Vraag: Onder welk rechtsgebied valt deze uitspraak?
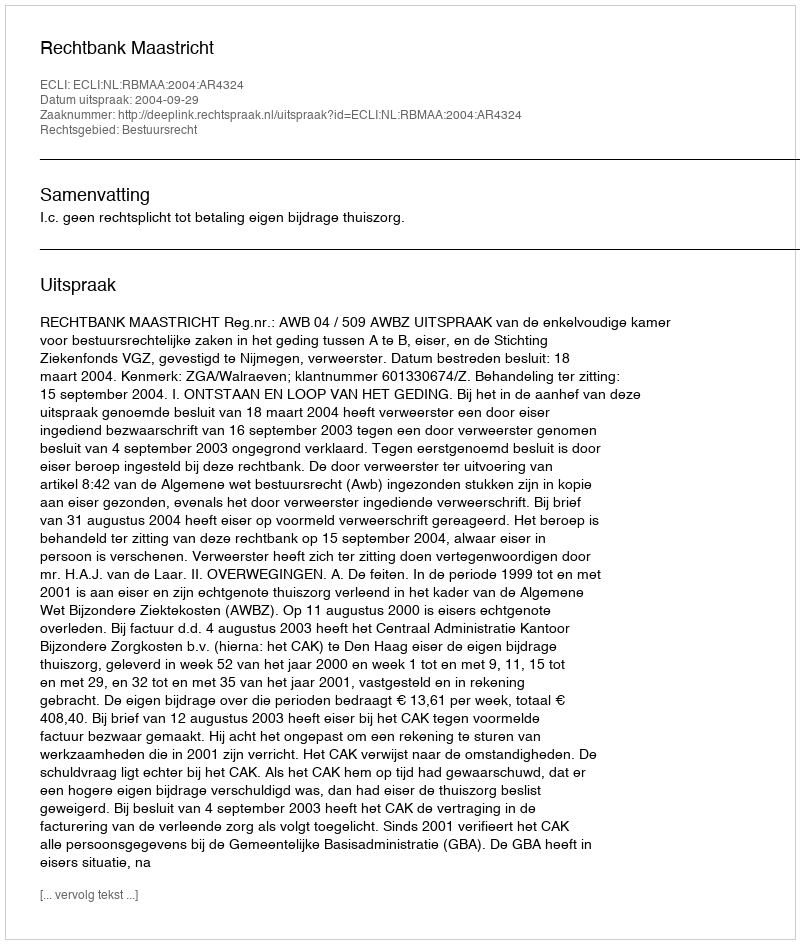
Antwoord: Bestuursrecht